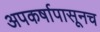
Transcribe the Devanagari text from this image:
अपकर्षापासूनच